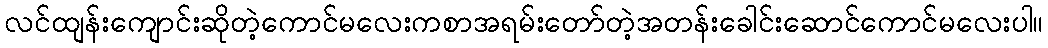
လင်ထျန်းကျောင်းဆိုတဲ့ကောင်မလေးကစာအရမ်းတော်တဲ့အတန်းခေါင်းဆောင်ကောင်မလေးပါ။